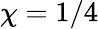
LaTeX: \chi=1/4